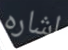
اشاره